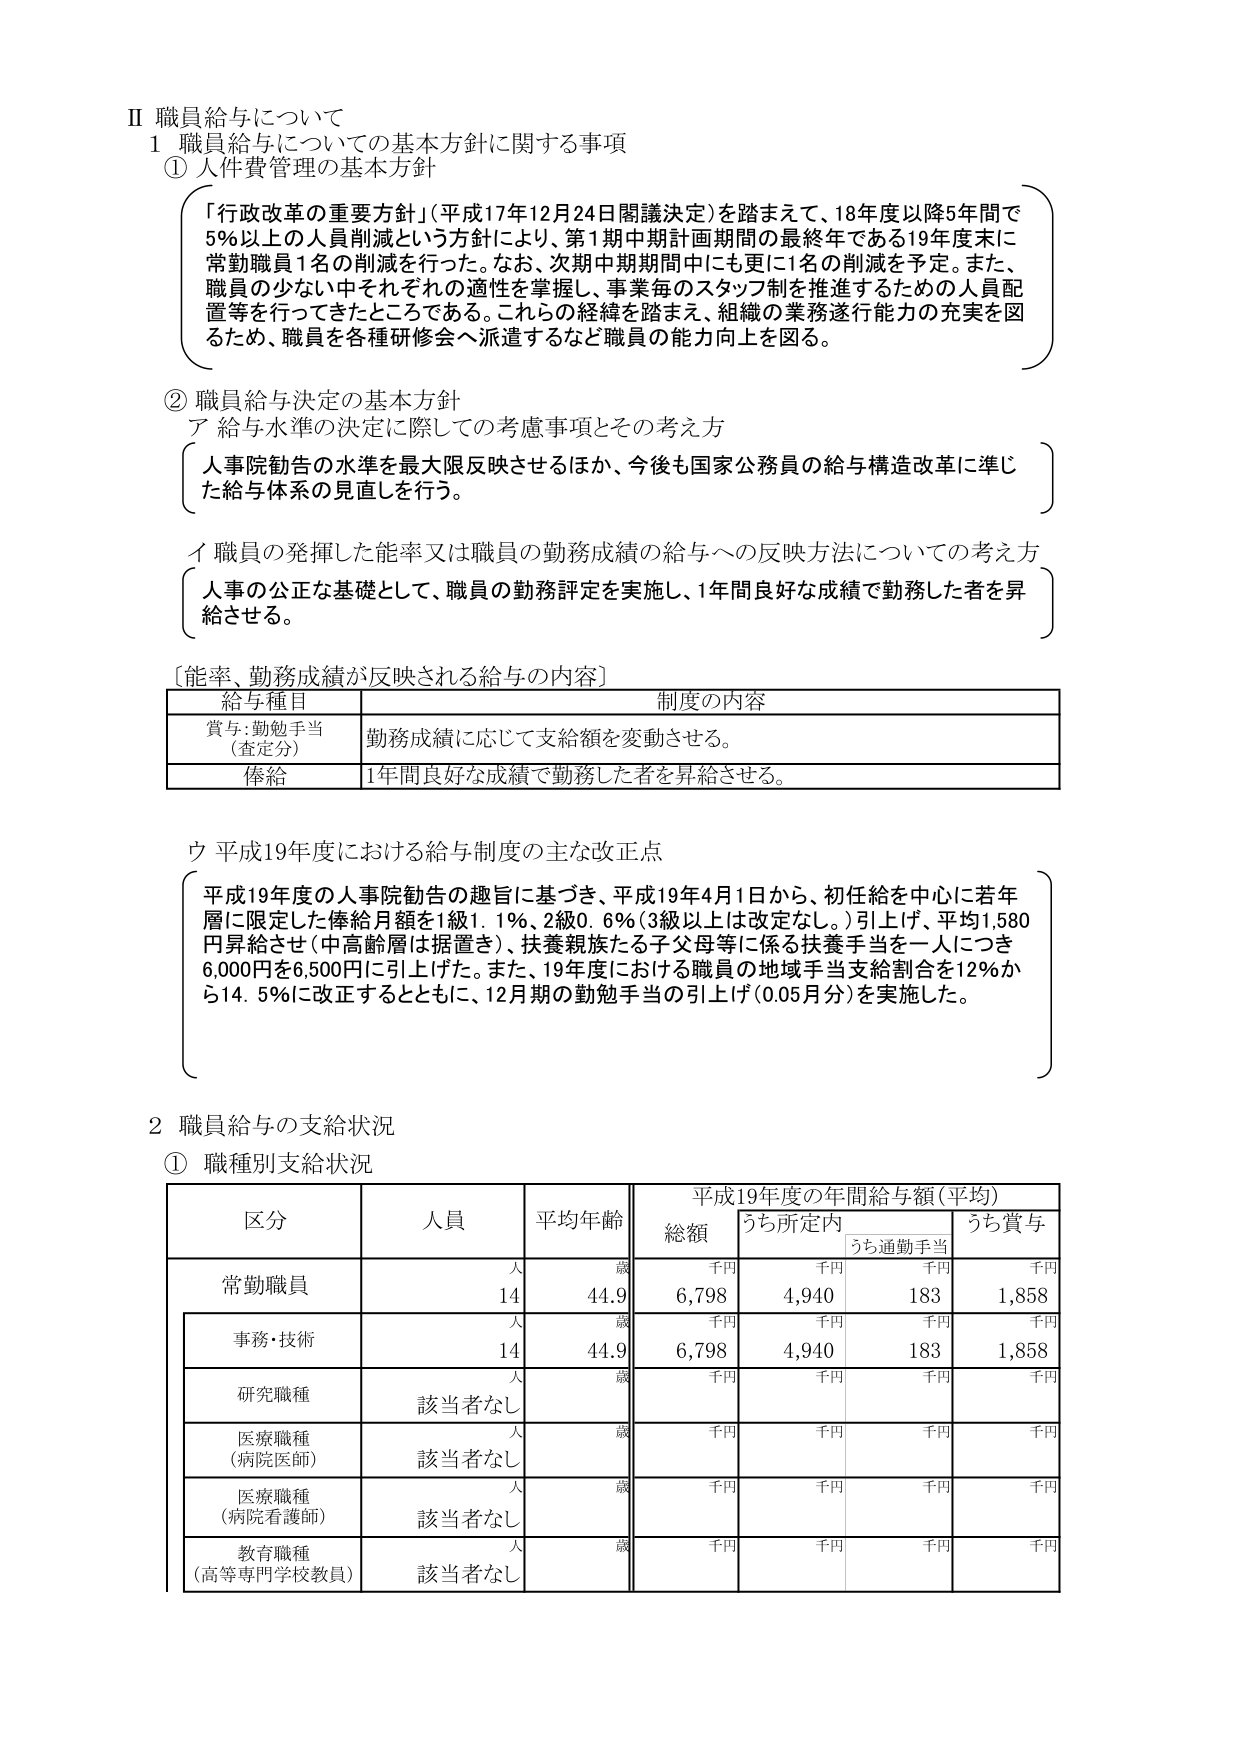
Ⅱ 職員給与について
1 職員給与についての基本方針に関する事項
① 人件費管理の基本方針
「行政改革の重要方針」（平成17年12月24日閣議決定）を踏まえて、18年度以降5年間で5％以上の人員削減という方針により、第1期中期計画期間の最終年である19年度末に常勤職員1名の削減を行った。なお、次期中期期間中にも更に1名の削減を予定。また、職員の少ない中それぞれの適性を掌握し、事業毎のスタッフ制を推進するための人員配置等を行ってきたところである。これらの経緯を踏まえ、組織の業務遂行能力の充実を図るため、職員を各種研修会へ派遣するなど職員の能力向上を図る。

② 職員給与決定の基本方針
ア 給与水準の決定に際しての考慮事項とその考え方
人事院勧告の水準を最大限反映させるほか、今後も国家公務員の給与構造改革に準じた給与体系の見直しを行う。

イ 職員の発揮した能率又は職員の勤務成績の給与への反映方法についての考え方
人事の公正な基礎として、職員の勤務評定を実施し、1年間良好な成績で勤務した者を昇給させる。

〔能率、勤務成績が反映される給与の内容〕
| 給与種目 | 制度の内容 |
|----------|------------|
| 賞与：勤勉手当（査定分） | 勤務成績に応じて支給額を変動させる。 |
| 俸給 | 1年間良好な成績で勤務した者を昇給させる。 |

ウ 平成19年度における給与制度の主な改正点
平成19年度の人事院勧告の趣旨に基づき、平成19年4月1日から、初任給を中心に若年層に限定した俸給月額を1級1.1％、2級0.6％（3級以上は改定なし。）引上げ、平均1,580円昇給させ（中高齢層は据置き）、扶養親族たる子父母等に係る扶養手当を一人につき6,000円を6,500円に引上げた。また、19年度における職員の地域手当支給割合を12％から14.5％に改正するとともに、12月期の勤勉手当の引上げ（0.05月分）を実施した。

2 職員給与の支給状況
① 職種別支給状況
| 区分 | 人員 | 平均年齢 | 平成19年度の年間給与額（平均） |
|------|------|----------|-------------------------------|
|      |      |          | 総額 | うち所定内 | うち通勤手当 | うち賞与 |
|      |      |          | 千円 | 千円 | 千円 | 千円 |
| 常勤職員 | 人 14 | 歳 44.9 | 6,798 | 4,940 | 183 | 1,858 |
| 事務・技術 | 人 14 | 歳 44.9 | 6,798 | 4,940 | 183 | 1,858 |
| 研究職種 | 該当者なし | 人 歳 | 千円 | 千円 | 千円 | 千円 |
| 医療職種（病院医師） | 該当者なし | 人 歳 | 千円 | 千円 | 千円 | 千円 |
| 医療職種（病院看護師） | 該当者なし | 人 歳 | 千円 | 千円 | 千円 | 千円 |
| 教育職種（高等専門学校教員） | 該当者なし | 人 歳 | 千円 | 千円 | 千円 | 千円 |